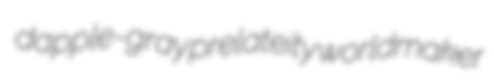
dapple-gray prelateity worldmaker